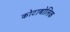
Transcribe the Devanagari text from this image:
कोटाबोलिक